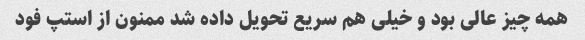
همه چیز عالی بود و خیلی هم سریع تحویل داده شد ممنون از استپ فود